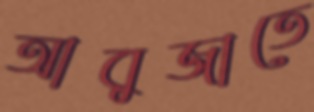
আবুজাতে